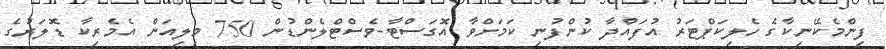
ފިންމެކޭނިކާގެ ހެލިކަޕްޓަރު އުފައްދާ ކުންފުނި ކަމަށްވާ އޮގަސްޓާ-ވެސްޓްލެންޑުން 750 މިލިއަން އެމެރިކާ ޑޮލަރުގެ